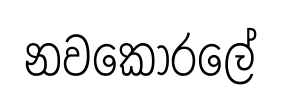
නවකෝරලේ